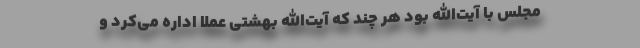
مجلس با آیت‌الله بود هر چند که آیت‌الله بهشتی عملا اداره می‌کرد و